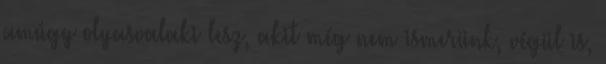
amúgy olyasvalaki lesz, akit még nem ismerünk, végül is,